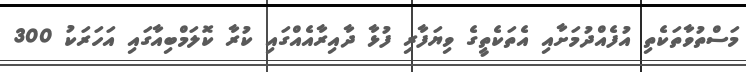
މަސްތުވާތަކެތި އުފެއްދުމަށާއި އެތަކެތީގެ ވިޔަފާރި ފުޅާ ދާއިރާއެއްގައި ކުރާ ކޮލަމްބިއާގައި އަހަރަކު 300